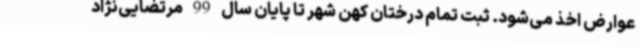
عوارض اخذ می‌شود. ثبت تمام درختان کهن شهر تا پایان سال 99 مرتضایی‌نژاد